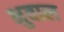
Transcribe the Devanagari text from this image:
भुवाल